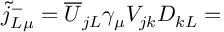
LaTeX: \widetilde { j } _ { L \mu } ^ { - } = \overline { { { U } } } _ { j L } \gamma _ { \mu } V _ { j k } D _ { k L } =